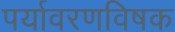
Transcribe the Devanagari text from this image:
पर्यावरणविषक